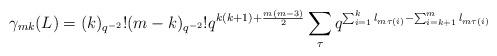
LaTeX: \begin{align*}\gamma_{mk}(L)=(k)_{q^{-2}}!(m-k)_{q^{-2}}!q^{k(k+1)+\frac{m(m-3)}{2}}\sum_{\tau}q^{\sum_{i=1}^{k}l_{m\tau(i)}-\sum_{i=k+1}^{m}l_{m\tau(i)}}\end{align*}